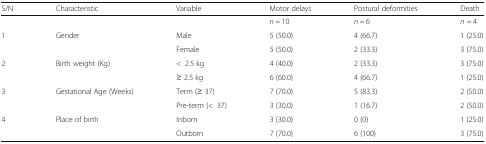
| S/N | Characteristic | Variable | Motor delays | Postural deformities | Death |
 | --- | --- | --- | --- | --- | --- |
 |  |  |  | n = 10 | n = 6 | n = 4 |
 | <ROWSPAN=2> 1 | <ROWSPAN=2> Gender | Male | 5 (50.0) | 4 (66.7) | 1 (25.0) |
 | Female | 5 (50.0) | 2 (33.3) | 3 (75.0) |
 | <ROWSPAN=2> 2 | <ROWSPAN=2> Birth weight (Kg) | <2.5 kg | 4 (40.0) | 2 (33.3) | 3 (75.0) |
 | ≥ 2.5 kg | 6 (60.0) | 4 (66.7) | 1 (25.0) |
 | <ROWSPAN=2> 3 | <ROWSPAN=2> Gestational Age (Weeks) | Term (≥ 37) | 7 (70.0) | 5 (83.3) | 2 (50.0) |
 | Pre-term (<37) | 3 (30.0) | 1 (16.7) | 2 (50.0) |
 | <ROWSPAN=2> 4 | <ROWSPAN=2> Place of birth | Inborn | 3 (30.0) | 0 (0) | 1 (25.0) |
 | Outborn | 7 (70.0) | 6 (100) | 3 (75.0) |